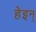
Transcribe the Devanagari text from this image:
हेइन्